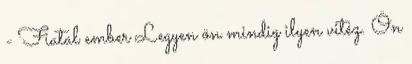
- Fiatal ember Legyen ön mindig ilyen vitéz. Ön